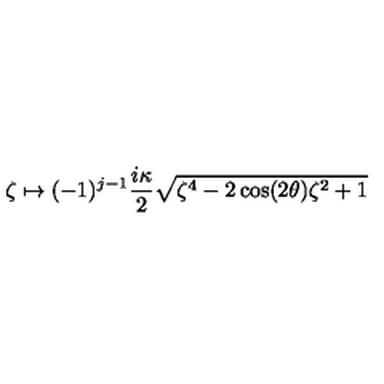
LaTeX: \zeta \mapsto ( - 1 ) ^ { j - 1 } \frac { i \kappa } { 2 } \sqrt { \zeta ^ { 4 } - 2 \cos ( 2 \theta ) \zeta ^ { 2 } + 1 }